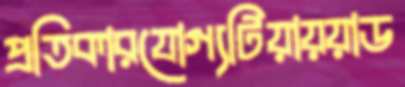
প্রতিকারযোগ্যটিয়ায়য়াড